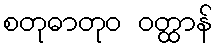
စတုဓာတုဝ ဝတ္ထာန်